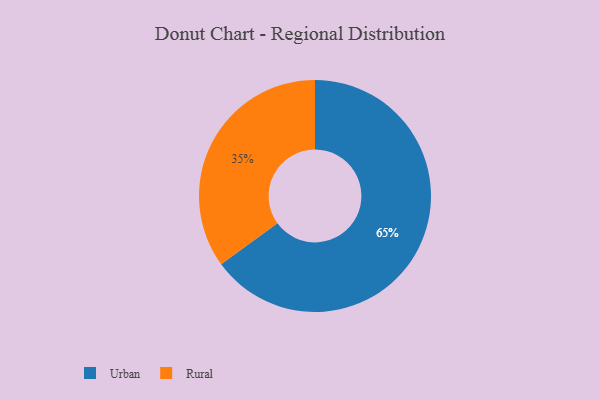
{"axis": {"x": "Category", "y": "Percentage"}, "legend": ["Rural", "Urban"], "data": [{"x": "Rural", "y": 35, "type": "Rural"}, {"x": "Urban", "y": 65, "type": "Urban"}]}